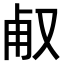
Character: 𠭉